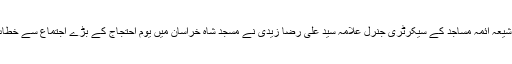
تنظیم شیعہ آئمہ مساجد کے سیکرٹری جنرل علامہ سید علی رضا زیدی نے مسجد شاہ خراسان میں یوم احتجاج کے بڑے اجتماع سے خطاب کیا۔